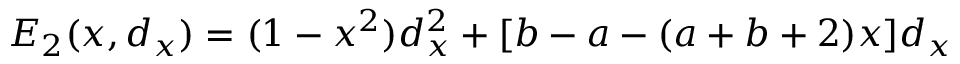
E _ { 2 } ( x , d _ { x } ) = ( 1 - x ^ { 2 } ) d _ { x } ^ { 2 } + [ b - a - ( a + b + 2 ) x ] d _ { x }